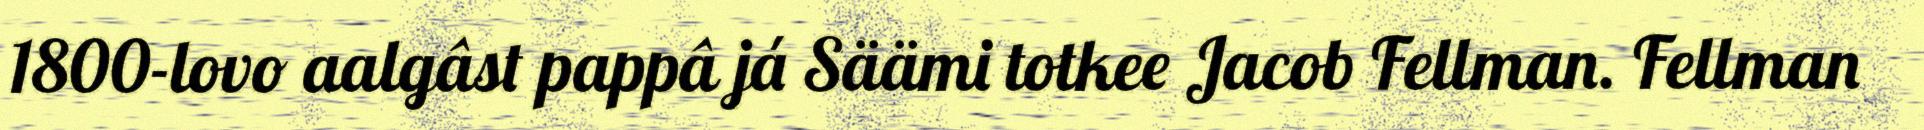
1800-lovo aalgâst pappâ já Säämi totkee Jacob Fellman. Fellman